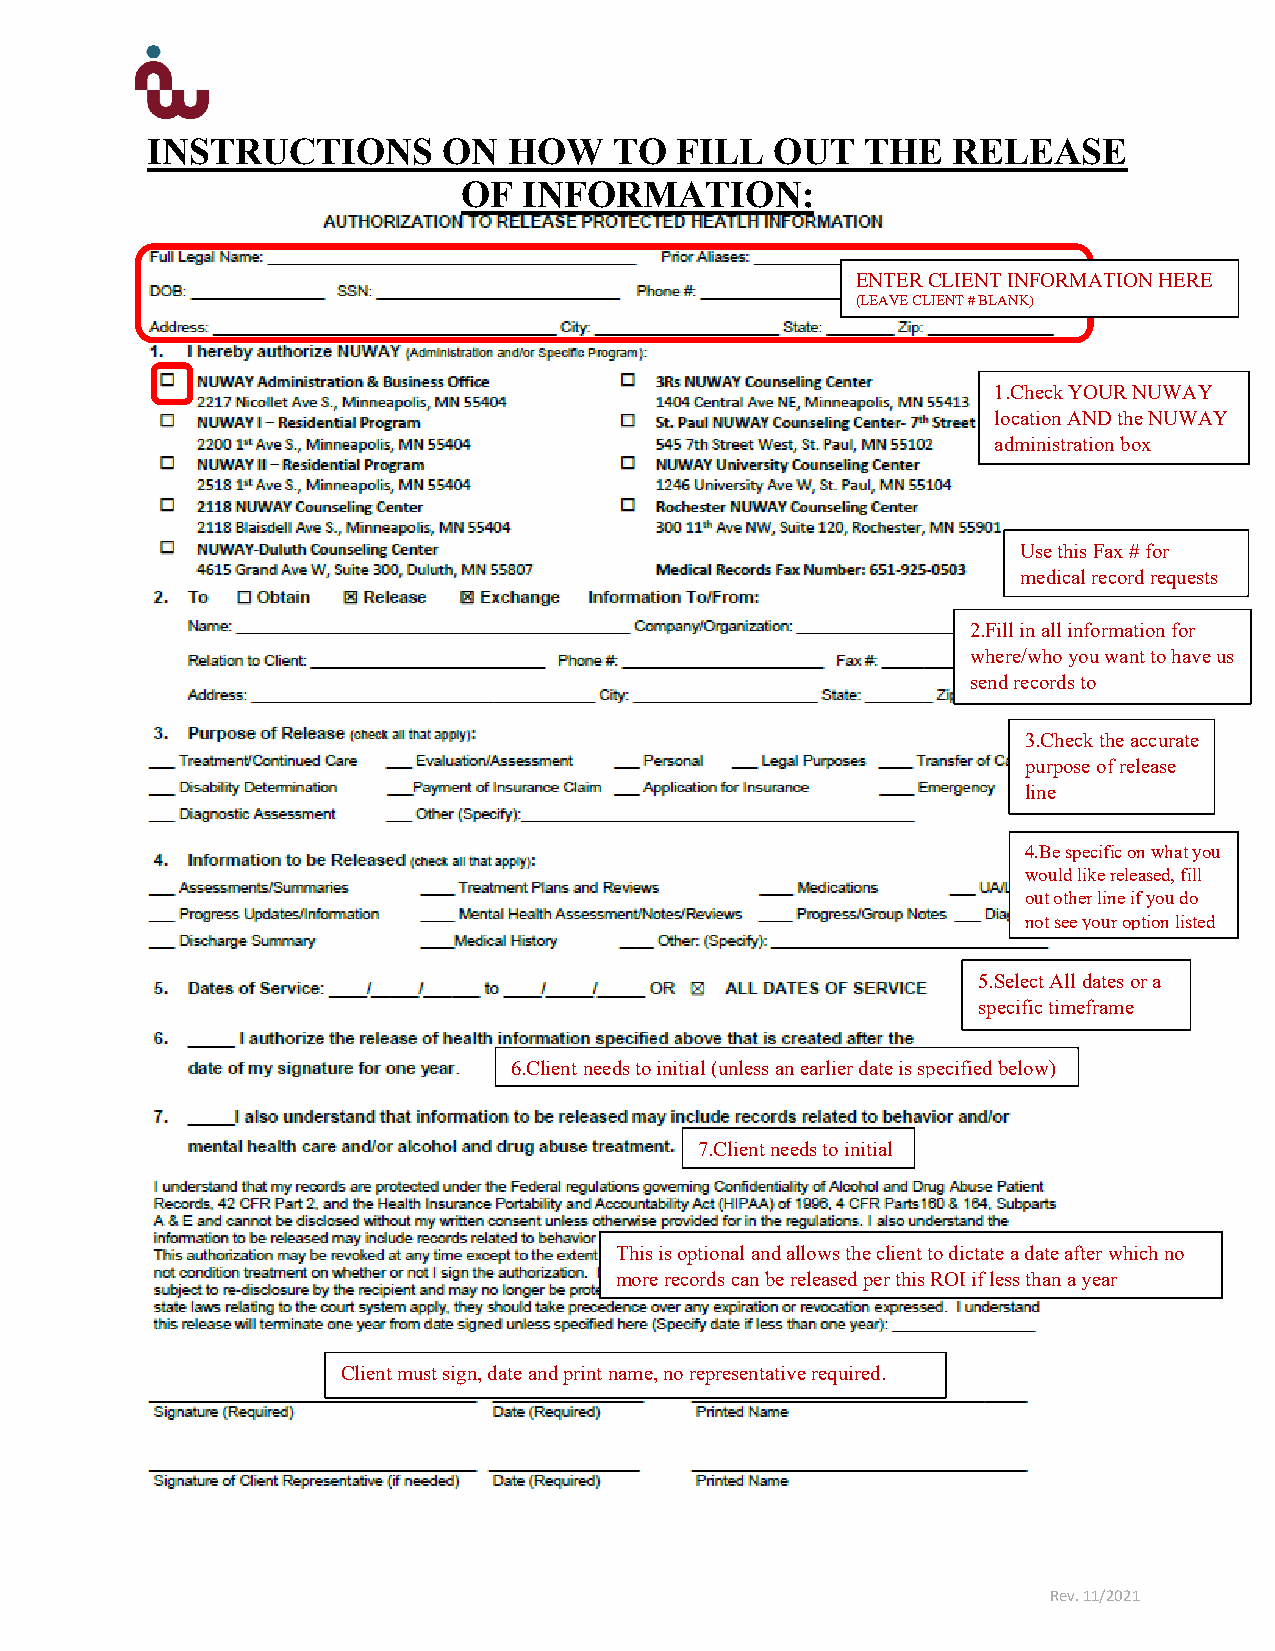
INSTRUCTIONS       ON   HOW    TO  FILL  OUT   THE   RELEASE
 OF  INFORMATION:
 ENTER CLIENT INFORMATION HERE
 (LEAVE CLIENT # BLANK)
 1.Check YOUR NUWAY
 location AND the NUWAY
 administration box
 Use this Fax # for
 medical record requests
 2.Fill in all information for
 where/who you want to have us
 send records to
 3.Check the accurate
 purpose of release
 line
 4.Be specific on what you
 would like released, fill
 out other line if you do
 not see your option listed
 5.Select All dates or a
 specific timeframe
 6.Client needs to initial (unless an earlier date is specified below)
 7.Client needs to initial
 This is optional and allows the client to dictate a date after which no
 more records can be released per this ROI if less than a year
 Client must sign, date and print name, no representative required.
 Rev. 11/2021